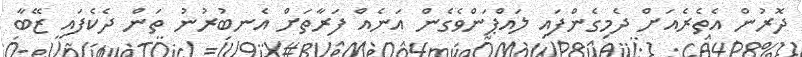
ދޮރުން އެތެރެއަށް ދެމިގެންފައި ލައްޕަންވެގެން އަނެއް ފަރާތަށް އެނބުރުނު ތަން ދެކެފައި ޒޭބާ